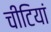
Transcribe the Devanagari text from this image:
चीटियां